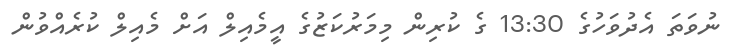
ނުވަތަ އެދުވަހުގެ 13:30 ގެ ކުރިން މިމަރުކަޒުގެ އީމެއިލް އަށް މެއިލް ކުރެއްވުން